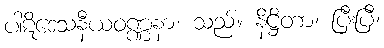
ပါဋိဒေသနီယဝဏ္ဏနာ၊ သည်။ နိဋ္ဌိတာ၊ ပြီးပြီ၊